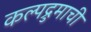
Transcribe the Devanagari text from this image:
कल्पद्रुमाची